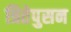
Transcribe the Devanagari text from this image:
त्रितेपुसन